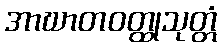
အာဃာတဝတ္ထုသုတ္တံ